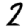
Digit: 2